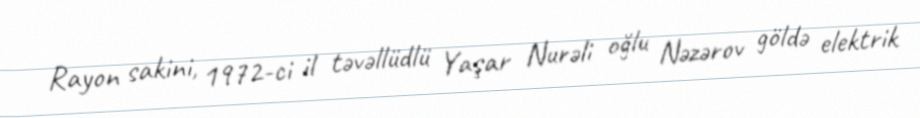
Rayon sakini, 1972-ci il təvəllüdlü Yaşar Nurəli oğlu Nəzərov göldə elektrik